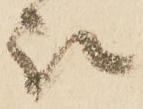
被